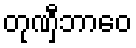
တုဏှီဘာဝေ